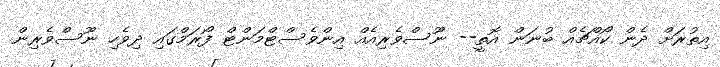
އިތުރަށް ދެން ކޯއްޗެއް ބުނަން އޮތީ-- ނޫސްވެރިއެއް އިންވެސްޓްމަންޓް ފޯރަމްގައި ދިވެހި ނޫސްވެރިން